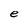
Character: e